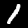
Label: 1